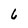
Character: 6